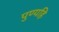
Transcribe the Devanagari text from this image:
पुण्यहि